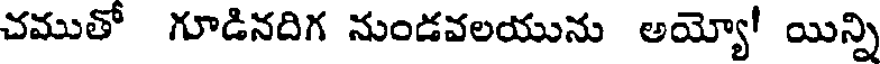
చముతో గూడినదిగ నుండవలయును అయ్యో! యిన్ని